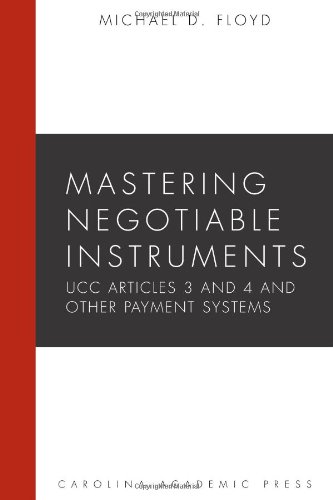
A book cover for Mastering Negotiable Instruments: Ucc Articles 3 and 4 and Other Payment Systems (Mastering Series); Michael D. Floyd; Law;